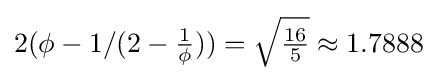
2(\phi -1/(2-{\tfrac {1}{\phi }}))={\sqrt {\tfrac {16}{5}}}\approx 1.7888